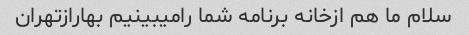
سلام ما هم ازخانه برنامه شما رامیبینیم بهارازتهران